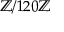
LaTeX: \mathbb { Z } / 1 2 0 \mathbb { Z }